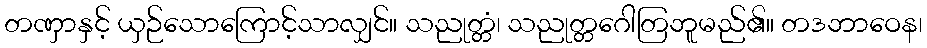
တဏှာနှင့် ယှဉ်သောကြောင့်သာလျှင်။ သညုတ္တံ၊ သညုတ္တဂေါတြဘူမည်၏။ တဒဘာဝေန၊